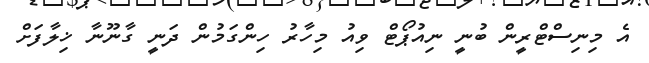
އެ މިނިސްޓްރީން ބުނީ ނިއުޕޯޓް ވިއު މިހާރު ހިންގަމުން ދަނީ ގާނޫނާ ޚިލާފަށް